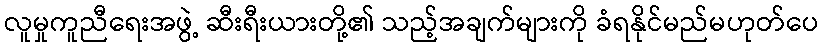
လူမှုကူညီရေးအဖွဲ့ ဆီးရီးယားတို့၏ သည့်အချက်များကို ခံရနိုင်မည်မဟုတ်ပေ